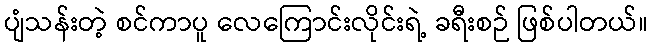
ပျံသန်းတဲ့ စင်ကာပူ လေကြောင်းလိုင်းရဲ့ ခရီးစဉ် ဖြစ်ပါတယ်။